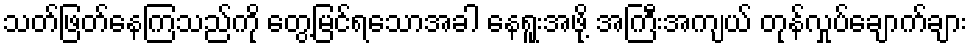
သတ်ဖြတ်နေကြသည်ကို တွေ့မြင်ရသောအခါ နေရူးအဖို့ အကြီးအကျယ် တုန်လှုပ်ချောက်ချား